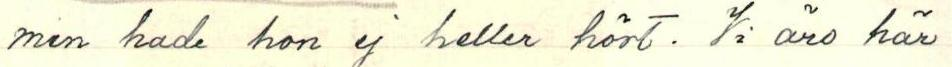
men hade hon ej heller hört. Vi äro här